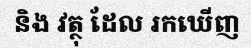
និង វត្ថុ ដែល រកឃើញ